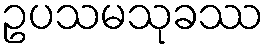
ဥပသမသုခဿ